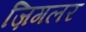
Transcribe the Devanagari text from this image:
ज़िगलर